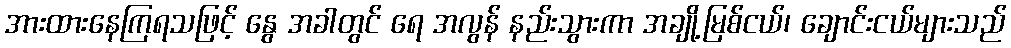
အားထားနေကြရသဖြင့် နွေ အခါတွင် ရေ အလွန် နည်းသွားကာ အချို့မြစ်ငယ်၊ ချောင်းငယ်များသည်